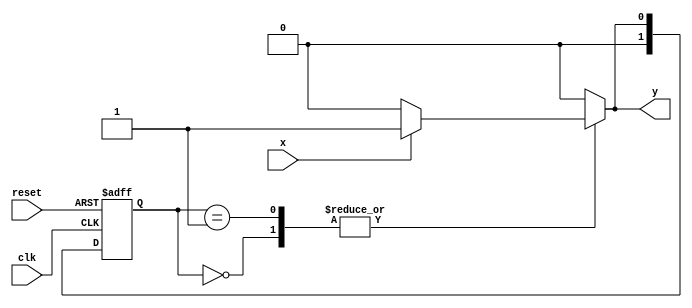
module MealyStateMachine (
    input wire clk,      // Clock input
    input wire reset,    // Asynchronous reset
    input wire x,        // Input signal
    output reg y         // Output signal
);

    // State encoding
    parameter S0 = 2'b00;
    parameter S1 = 2'b01;

    // Current state and next state variables
    reg [1:0] current_state, next_state;

    // State transition logic
    always @(*) begin
        case (current_state)
            S0: begin
                if (x) begin
                    next_state = S1;
                    y = 1'b1; // Output O1
                end else begin
                    next_state = S0;
                    y = 1'b0; // Output O0
                end
            end
            
            S1: begin
                if (x) begin
                    next_state = S1;
                    y = 1'b1; // Output O3
                end else begin
                    next_state = S0;
                    y = 1'b0; // Output O2
                end
            end
            
            default: begin
                next_state = S0; // Default state
                y = 1'b0; // Default output
            end
        endcase
    end

    // Register current state at clock edge
    always @(posedge clk or posedge reset) begin
        if (reset) begin
            current_state <= S0; // Reset to initial state
        end else begin
            current_state <= next_state; // Transition to next state
        end
    end

endmodule